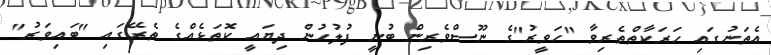
އެތަނުގައި ހަރަކާތްތެރިވާ "ހަވީރު"ގެ ނޫސްވެރިން ބުނީ ފުލުހުން ދިޔައީ ކޮތަޅެއްގެ ތެރޭގައި "ބައިވަރު"